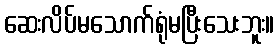
ဆေးလိပ်မသောက်ရုံမပြီးသေးဘူး။